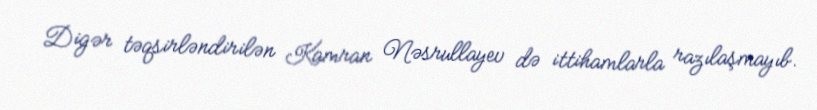
Digər təqsirləndirilən Kamran Nəsrullayev də ittihamlarla razılaşmayıb.